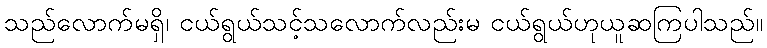
သည်လောက်မရှိ၊ ငယ်ရွယ်သင့်သလောက်လည်းမ ငယ်ရွယ်ဟုယူဆကြပါသည်။